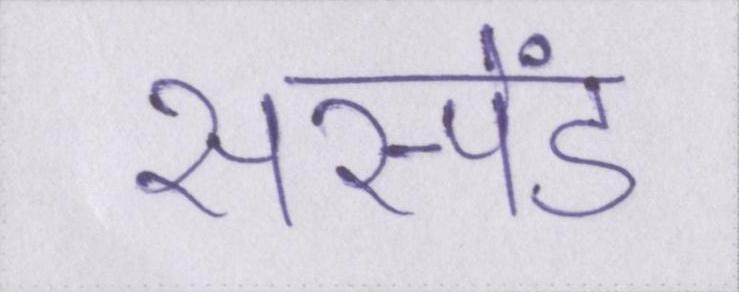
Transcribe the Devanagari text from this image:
सस्पेंड